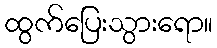
ထွက်ပြေးသွားရော။